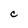
Character: C